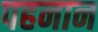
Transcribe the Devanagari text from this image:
पहनान